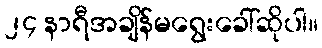
၂၄ နာရီအချိန်မရွေးခေါ်ဆိုပါ။